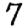
Digit: 7